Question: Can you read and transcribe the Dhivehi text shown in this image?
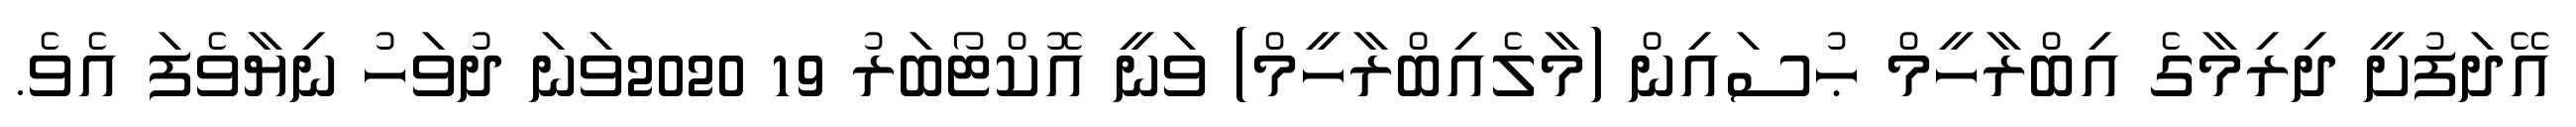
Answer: އޭދަފުށީ ދިރިމާގެ އިބްރާހީމް ޙުސައިން (މާލެއިބްރާހީމް) ވަނީ އޮކްޓޯބަރު 19 2020ވަނަ ދުވަހު ނިޔާވެފަ އެވެ.